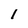
Character: l